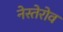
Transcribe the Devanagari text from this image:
नेस्तेरोव